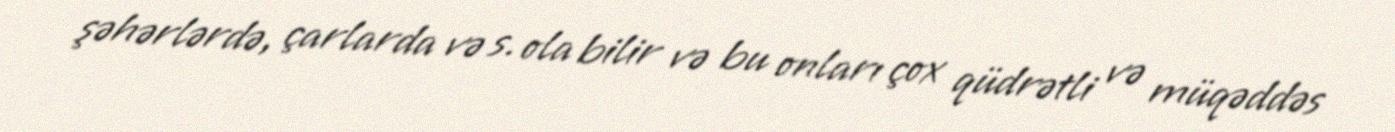
şəhərlərdə, çarlarda və s. ola bilir və bu onları çox qüdrətli və müqəddəs